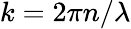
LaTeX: k=2\pi n/\lambda